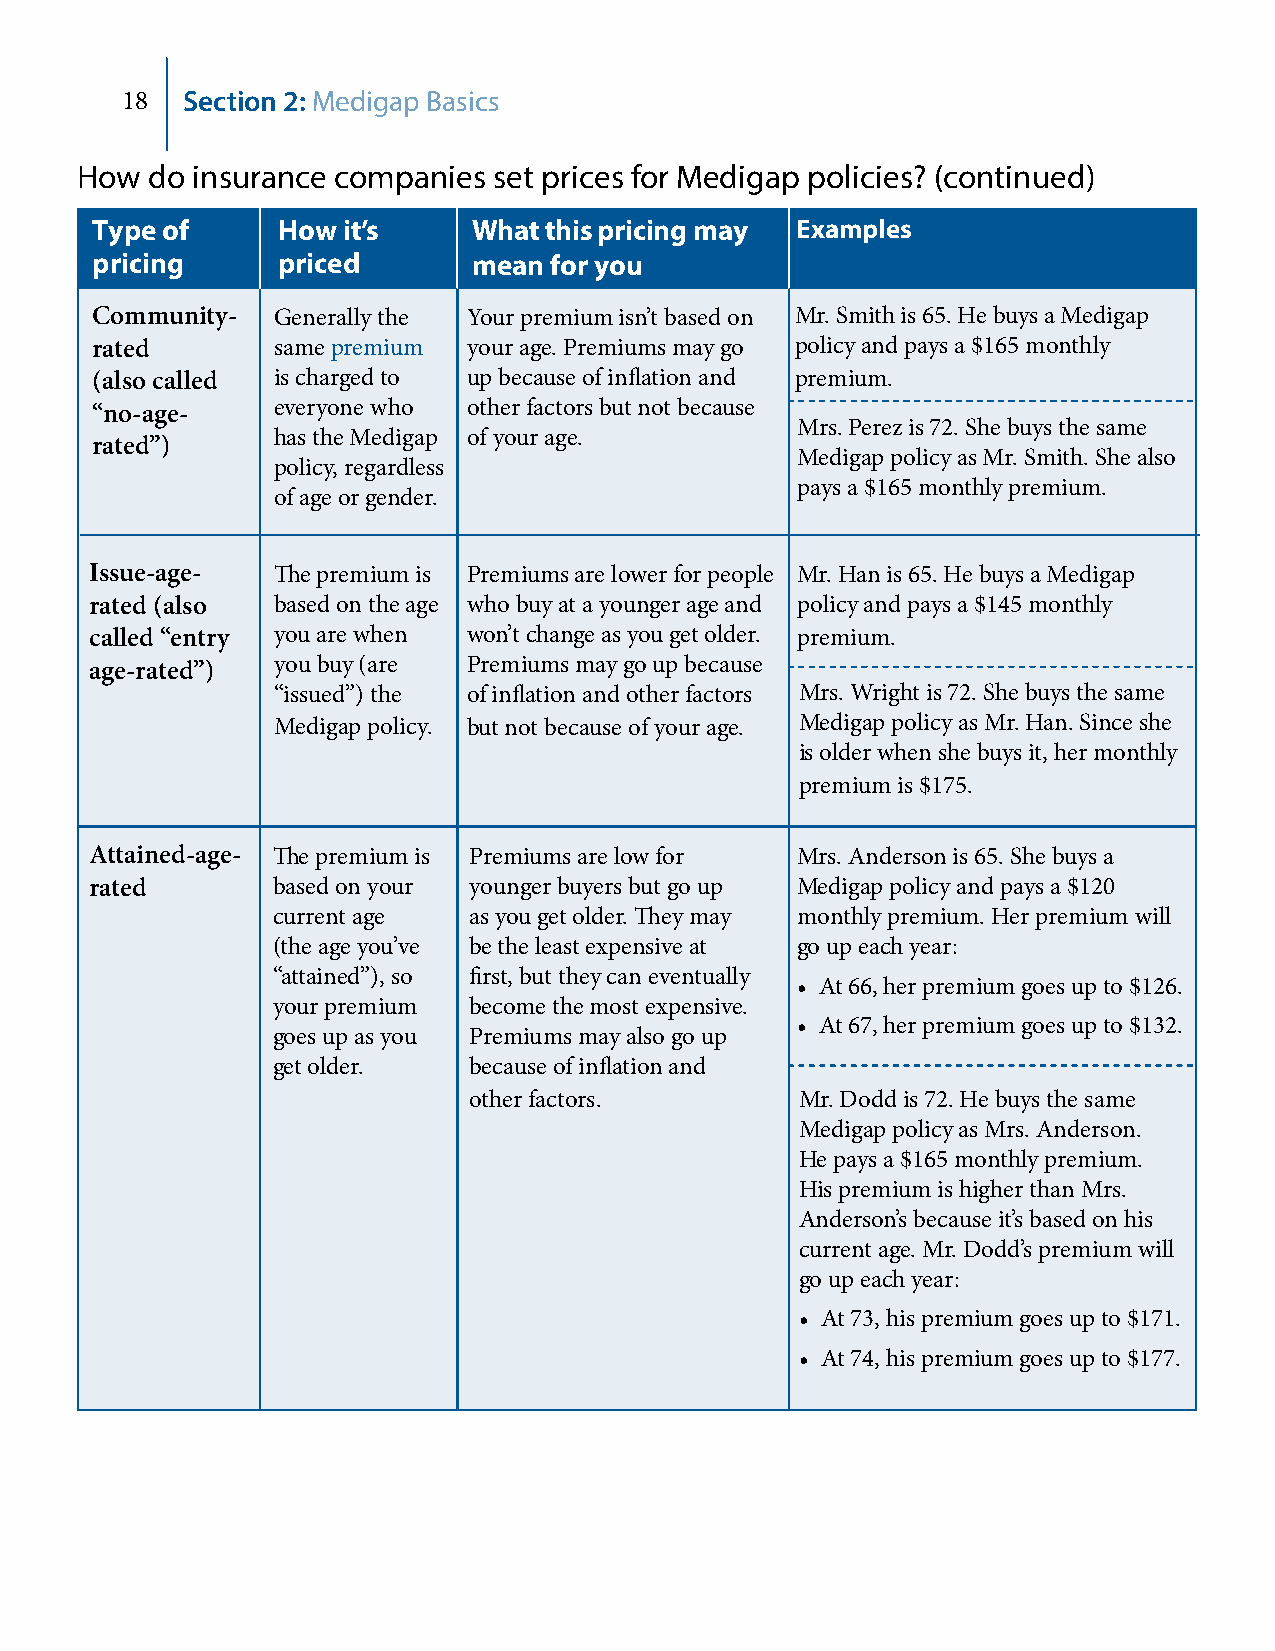
18  Section 2: Medigap Basics
 How  do insurance companies set prices for Medigap policies? (continued)
 Type of     How  it’s    What this pricing may Examples
 pricing     priced       mean for you
 Community-  Generally the Your premium isn’t based on Mr. Smith is 65. He buys a Medigap
 rated       same premium your age. Premiums may go policy and pays a $165 monthly
 (also called is charged to up because of inflation and premium.
 “no-age-    everyone who other factors but not because
 Mrs. Perez is 72. She buys the same
 has the Medigap of your age.
 rated”)
 Medigap policy as Mr. Smith. She also
 policy, regardless
 pays a $165 monthly premium.
 of age or gender.
 Issue-age-  The premium is Premiums are lower for people Mr. Han is 65. He buys a Medigap
 rated (also based on the age who buy at a younger age and policy and pays a $145 monthly
 called “entry you are when won’t change as you get older. premium.
 age-rated”) you buy (are Premiums may go up because
 “issued”) the of inflation and other factors Mrs. Wright is 72. She buys the same
 Medigap policy. but not because of your age. Medigap policy as Mr. Han. Since she
 is older when she buys it, her monthly
 premium is $175.
 Attained-age- The premium is Premiums are low for Mrs. Anderson is 65. She buys a
 rated       based on your younger buyers but go up Medigap policy and pays a $120
 current age  as you get older. They may monthly premium. Her premium will
 (the age you’ve be the least expensive at go up each year:
 “attained”), so first, but they can eventually
 • At 66, her premium goes up to $126.
 your premium become the most expensive.
 • At 67, her premium goes up to $132.
 goes up as you Premiums may also go up
 get older.   because of inflation and
 other factors.        Mr. Dodd is 72. He buys the same
 Medigap policy as Mrs. Anderson.
 He pays a $165 monthly premium.
 His premium is higher than Mrs.
 Anderson’s because it’s based on his
 current age. Mr. Dodd’s premium will
 go up each year:
 • At 73, his premium goes up to $171.
 • At 74, his premium goes up to $177.